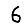
Digit: 6